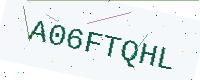
Text: A06FTQHL